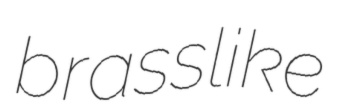
brasslike